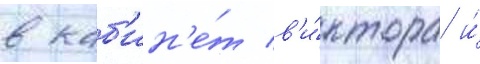
в каб'ин'е́т в'и́ктора и́